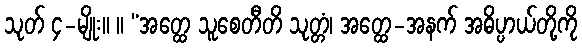
သုတ် ၄-မျိုး။ ။ “အတ္ထေ သူစေတီတိ သုတ္တံ၊ အတ္ထေ-အနက် အဓိပ္ပာယ်တို့ကို